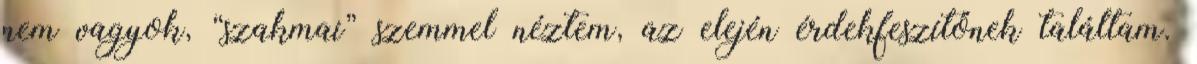
nem vagyok, “szakmai” szemmel néztem, az elején érdekfeszítőnek találtam.